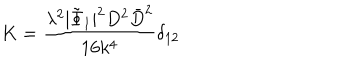
K = \frac { \lambda ^ { 2 } | \tilde { \Phi } _ { 1 } | ^ { 2 } D ^ { 2 } \bar { D } ^ { 2 } } { 1 6 k ^ { 4 } } \delta _ { 1 2 }